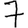
Digit: 7